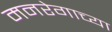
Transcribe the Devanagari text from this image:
मनरेगाच्या